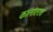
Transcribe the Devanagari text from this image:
कालांतरात